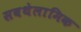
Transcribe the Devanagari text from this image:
सबथेलामिक